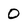
Character: 0